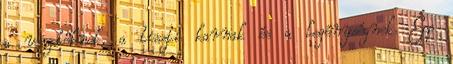
a vezetőknek, a tiszti karnak és a legénységnek. Épp